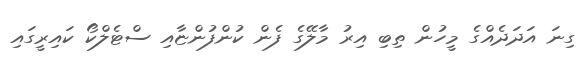
ގިނަ އަދަދެއްގެ މީހުން ތިބި އިރު މާލޭގެ ފެން ކުންފުންޏާއި ސްޓެލްކޯ ކައިރީގައި